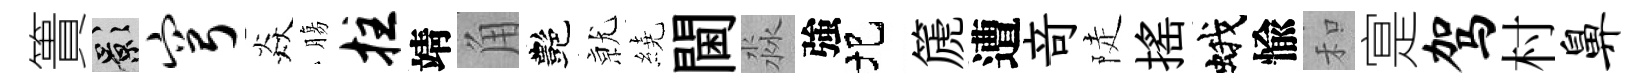
簣影穹焱膓拄靖角艷𭕒繞閫淼強圯篪遭竒陡揺蛾愉和寔驾村鼻